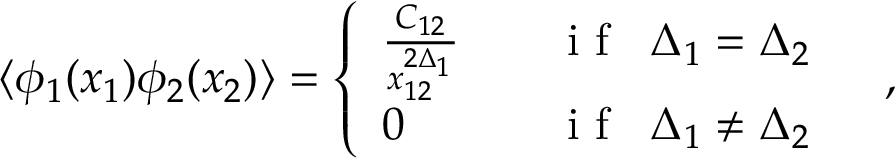
\langle \phi _ { 1 } ( x _ { 1 } ) \phi _ { 2 } ( x _ { 2 } ) \rangle = \left\{ \begin{array} { l l } { { \frac { C _ { 1 2 } } { x _ { 1 2 } ^ { 2 \Delta _ { 1 } } } } } & { { \quad \textrm { i f } \; \; \Delta _ { 1 } = \Delta _ { 2 } \medskip } } \\ { { 0 } } & { { \quad \textrm { i f } \; \; \Delta _ { 1 } \neq \Delta _ { 2 } \, \, \, } } \end{array} \right. \, \, ,